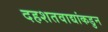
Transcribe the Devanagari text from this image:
दहशतवाद्यांकडुन